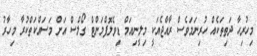
މިހުރިހާ ދަތިތަކެއް ހުރިނަމަވެސް ރާއްޖެއަކީ މިލީނިއަމް ޑިވެލޮޕްމަންޓް ގޯލްސް އަށް މަސައްކަތްކުރާ މިހާރު